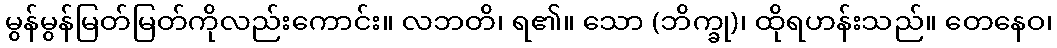
မွန်မွန်မြတ်မြတ်ကိုလည်းကောင်း။ လဘတိ၊ ရ၏။ သော (ဘိက္ခု)၊ ထိုရဟန်းသည်။ တေနေဝ၊